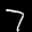
Label: 7